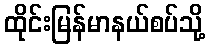
ထိုင်းမြန်မာနယ်စပ်သို့